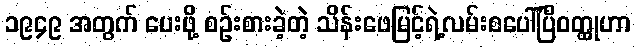
၁၉၄၉ အတွက် ပေးဖို့ စဉ်းစားခဲ့တဲ့ သိန်းဖေမြင့်ရဲ့လမ်းစပေါ်ပြီဝတ္ထုဟာ